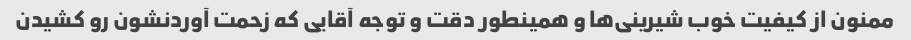
ممنون از کیفیت خوب شیرینی‌ها و همینطور دقت و توجه آقایی که زحمت آوردنشون رو کشیدن